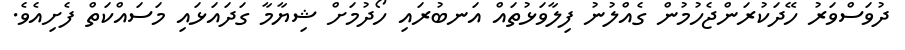
ދުވަސްވަރު ހޭދަކުރަންޖެހުމުން ގެއްލުނު ފިލާވަޅުތައް އަނބުރައި ހޯދުމަށް ޝިޔާމާ ގަދައަޅައި މަސައްކަތް ފެށިއެވެ.